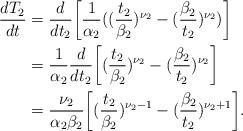
LaTeX: \begin{align*}\frac{dT_2}{dt}&=\frac{d}{dt_2}\bigg[\frac{1}{\alpha_2}((\frac{t_2}{\beta_2})^{\nu_2}- (\frac{\beta_2}{t_2})^{\nu_2})\bigg]\\&= \frac{1}{\alpha_2}\frac{d}{dt_2}\bigg[(\frac{t_2}{\beta_2})^{\nu_2}- (\frac{\beta_2}{t_2})^{\nu_2}\bigg]\\&=\frac{\nu_2}{\alpha_2\beta_2}\bigg[(\frac{t_2}{\beta_2})^{\nu_2-1}-(\frac{\beta_2}{t_2})^{\nu_2+1}\bigg].\end{align*}